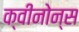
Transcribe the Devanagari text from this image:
क्वीनोन्स